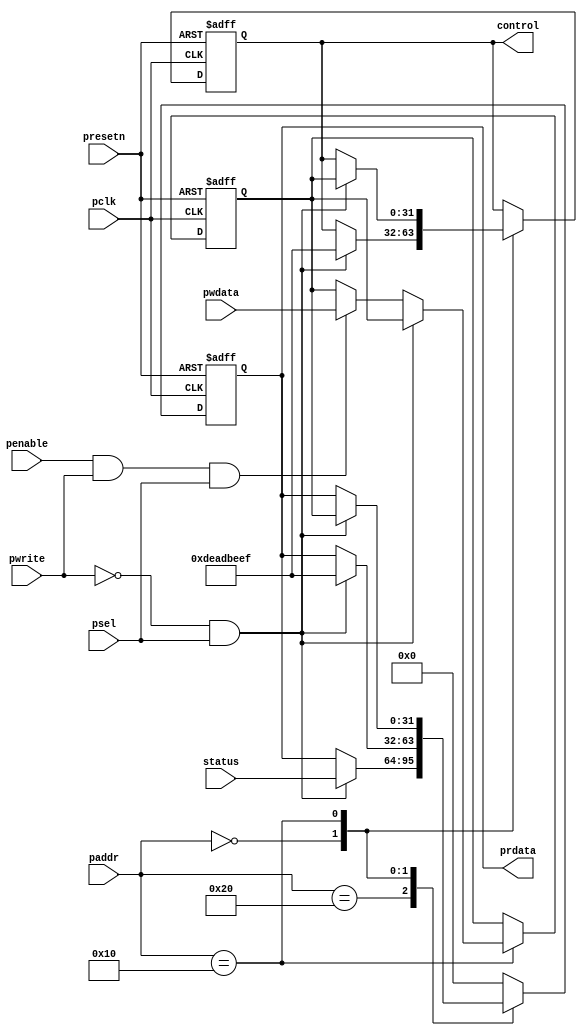
`timescale 1ns/100ps
module apb_ctrl_status(
   input               pclk,
   input               presetn,
   input               penable,
   input               psel,
   input       [7:0]   paddr,
   input               pwrite,
   input       [31:0]  pwdata,
   output  reg [31:0]  prdata,
   output  reg [31:0]  control,
   input       [31:0]  status
   );

   
   localparam [7:0] STATUS      = 8'h20; // READ-ONLY REGISTER
   localparam [7:0] CONTROL_1   = 8'h10; // READ/WRITE Register
   localparam [7:0] CONTROL_0   = 8'h00; // READ_ONLY DEADBEEF REGISTER

   reg [31:0] control_value;
   
   wire rd_enable;
   wire wr_enable;  

   assign wr_enable = (penable && pwrite && psel);
   assign rd_enable = (!pwrite && psel);

   always@(posedge pclk or negedge presetn)
   begin
      if(~presetn)
         begin
            prdata <= 'b0;
            control_value <= 32'h00000000;
            control <= 32'h00000000;
         end
      else
         begin
            case(paddr[7:0])
               STATUS:
                  begin
                    if (rd_enable)
                        begin
                           prdata <= status;
                        end
                  end
               CONTROL_0:
                  begin
                    if (rd_enable)
                        begin
                           prdata <= 32'hdeadbeef;
                           control <= 32'hdeadbeef;
                        end
                  end
                CONTROL_1:
                    begin
                      if (rd_enable)
                        begin
                            prdata <= control_value;
                            control <= control_value;
                        end
                      else if (wr_enable)
                        begin
                            control_value <= pwdata;
                        end
                    end  
               default:
                  begin
                     prdata <= 32'b0;
                  end
            endcase
         end
   end
endmodule